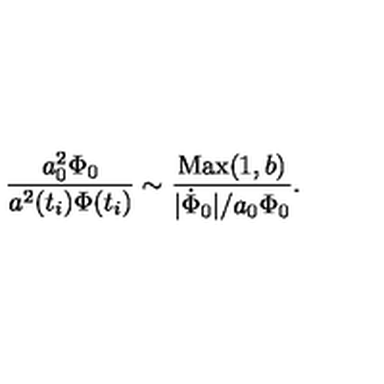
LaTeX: { \frac { a _ { 0 } ^ { 2 } \Phi _ { 0 } } { a ^ { 2 } ( t _ { i } ) \Phi ( t _ { i } ) } } \sim { \frac { \mathrm { M a x } ( 1 , b ) } { | { \dot { \Phi } _ { 0 } } | / a _ { 0 } \Phi _ { 0 } } } .